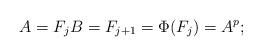
LaTeX: \begin{align*} A = F_j B = F_{j+1} = \Phi(F_j) = A^p; \end{align*}